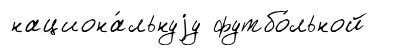
национа́льнуjу футбо́льной